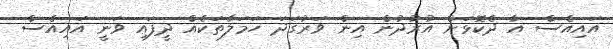
އައިއެސް އާ ދެކޮޅަށް އުރުދުން އިން ވަރުގަދަ ހަމަލާތަކެއް ދީފައި ވަނީ އައިއެސް